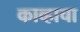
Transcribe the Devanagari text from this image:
काव्हाचा